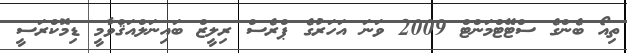
ތިއޯ ބެންގެ ސްޓޭޓްމަންޓް 2009 ވަނަ އަހަރުގެ ޕްރެސް ރިލީޒް ބައިނަލްއަޤްވާމީ ޑިމޮކްރަސީ